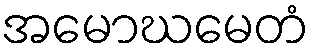
အမောဃမေတံ